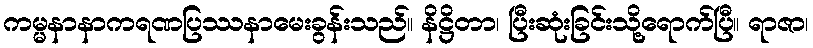
ကမ္မနာနာကရဏပြဿနာမေးခွန်းသည်။ နိဋ္ဌိတာ၊ ပြီးဆုံးခြင်းသို့ရောက်ပြီ။ ရာဇာ၊